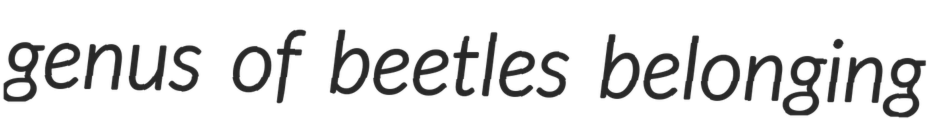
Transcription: genus of beetles belonging